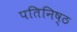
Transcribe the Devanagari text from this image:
पतिनिष्ठ